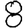
Digit: 8